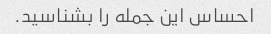
احساس این جمله را بشناسید.